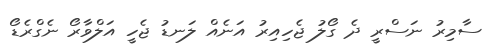
ސާމިރު ނަސްރީ ދެ ގޯލު ޖެހިއިރު އަނެއް ލަނޑު ޖެހީ އަލްވާރޯ ނެގްރެޑޯ